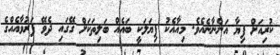
ކުރިއަށް ފިޔާ އަންނާނެއެވެ. މިއާއެކު ފިޔަލަކީ ބައެއް ބަލިތަކަށް ގޭގައި ދެވޭ ފަރުވާއެއްގެ